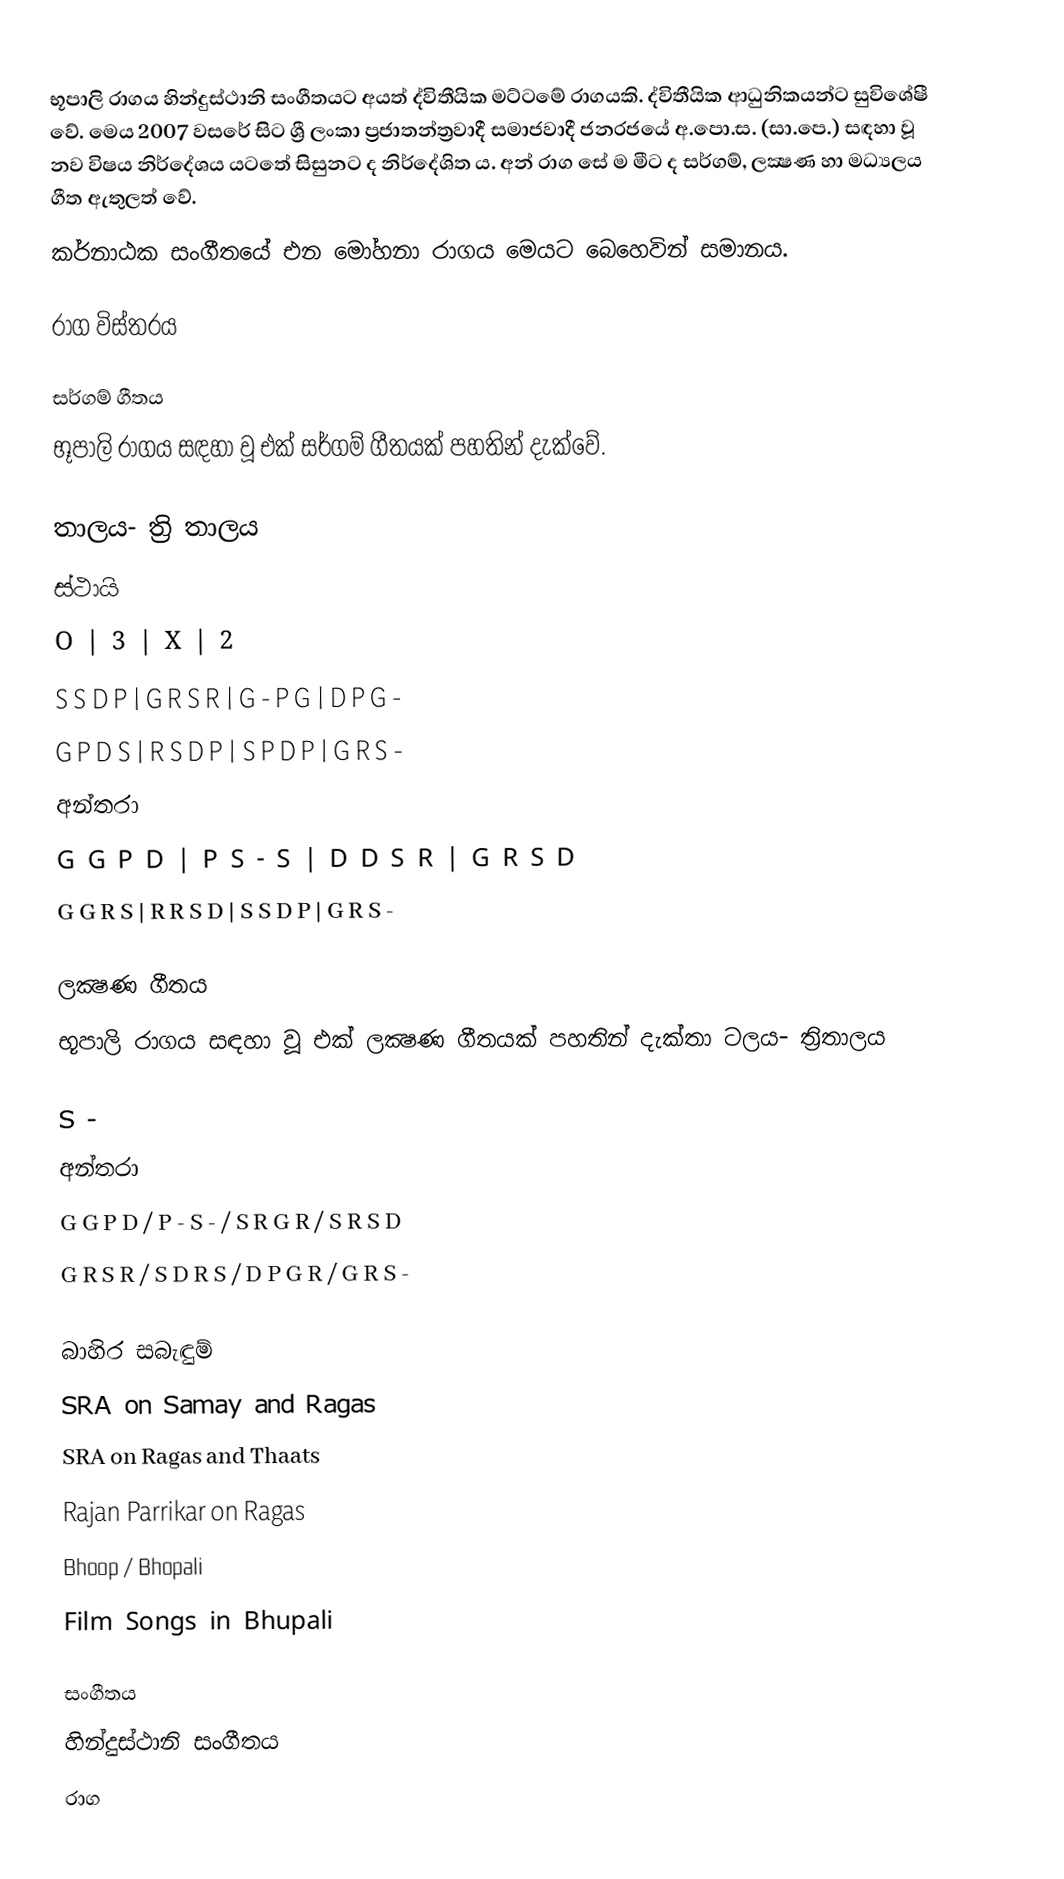
භූපාලි රාගය හින්දුස්ථානි සංගීතයට අයත් ද්විතීයික මට්ටමේ රාගයකි. ද්විතීයික ආධුනිකයන්ට සුවිශේෂී වේ. මෙය 2007 වසරේ සිට ශ්‍රී ලංකා ප්‍රජාතන්ත්‍රවාදී සමාජවාදී ජනරජයේ අ.පො.ස. (සා.පෙ.) සඳහා වූ නව විෂය නිර්දේශය යටතේ සිසුනට ද නිර්දේශිත ය. අන් රාග සේ ම මීට ද සර්ගම්, ලක්‍ෂණ හා මධ්‍යලය ගීත ඇතුලත් වේ.
කර්නාඨක සංගීතයේ එන මෝහනා රාගය මෙයට බෙහෙවින් සමානය.

රාග විස්තරය

සර්ගම් ගීතය
භූපාලි රාගය සඳහා වූ එක් සර්ගම් ගීතයක් පහතින් දැක්වේ.

තාලය- ත්‍රි තාලය
ස්ථායි
O       | 3       | X       | 2
S S D P | G R S R | G - P G | D P G -
G P D S | R S D P | S P D P | G R S -
අන්තරා
G G P D | P S - S | D D S R | G R S D
G G R S | R R S D | S S D P | G R S -

ලක්‍ෂණ ගීතය
භූපාලි රාගය සඳහා වූ එක් ලක්‍ෂණ ගීතයක් පහතින් දැක්තා      ටලය- ත්‍රිතාලය

S -
අන්තරා
G G P D / P - S - / S R G R / S R S D
G R S R / S D R S / D P G R / G R S -

බාහිර සබැඳුම්
 SRA on Samay and Ragas
 SRA on Ragas and Thaats
 Rajan Parrikar on Ragas
 Bhoop / Bhopali
 Film Songs in Bhupali

සංගීතය
හින්දුස්ථානි සංගීතය
රාග